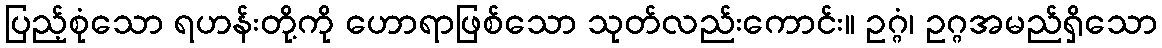
ပြည့်စုံသော ရဟန်းတို့ကို ဟောရာဖြစ်သော သုတ်လည်းကောင်း။ ဥဂ္ဂံ၊ ဥဂ္ဂအမည်ရှိသော